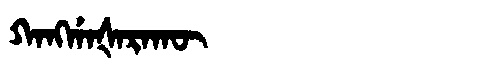
Manchu: ᡴᠠᠩᡤᠠᡧᠠᡵᠠᡴᡡ
Romanization: KANGGAŠARAKŪ